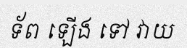
ទ័ព ឡើង ទៅ វាយ